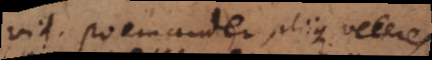
vid. Poemander, aliique veteres